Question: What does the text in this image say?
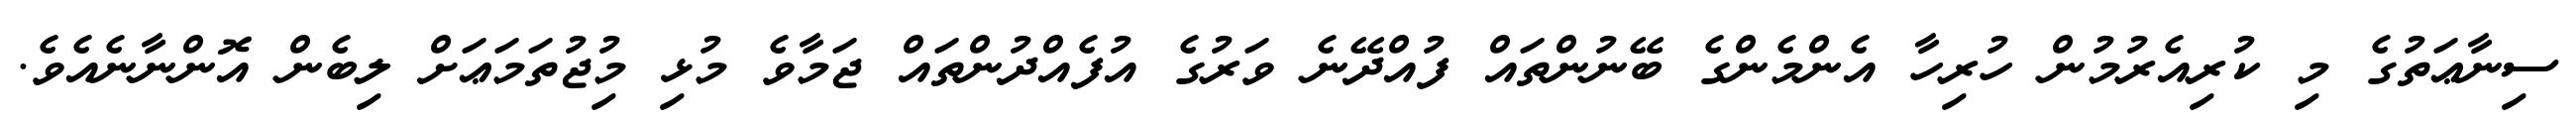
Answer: ސިނާޢަތުގެ މި ކުރިއެރުމުން ހުރިހާ އެންމެންގެ ބޭނުންތައް ފުއްދޭނެ ވަރުގެ އުފެއްދުންތައް ޖަމާވެ މުޅި މިުޖުތަމަޢަށް ލިބެން އޮންނާނެއެވެ.